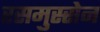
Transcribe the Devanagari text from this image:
रसमुस्सेन